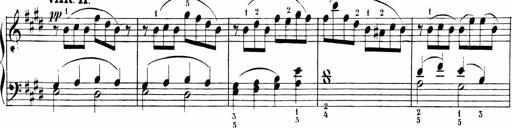
Title: 6 Liedersonatinen
Composer: Carl Reinecke